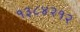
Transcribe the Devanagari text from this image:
१३८४२१२